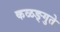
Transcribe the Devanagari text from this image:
कळङ्गुते